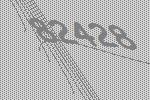
82428